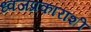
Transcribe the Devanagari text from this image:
ध्वजप्रकारांशी